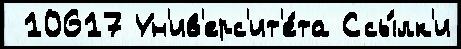
 10617 Ун'ив'ерс'ит'е́та Ссы́лк'и